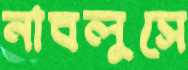
নাবলুসে